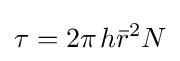
\tau =2\pi \;\!h{\bar {r}}^{2}N